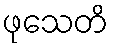
ဖုသေတိ